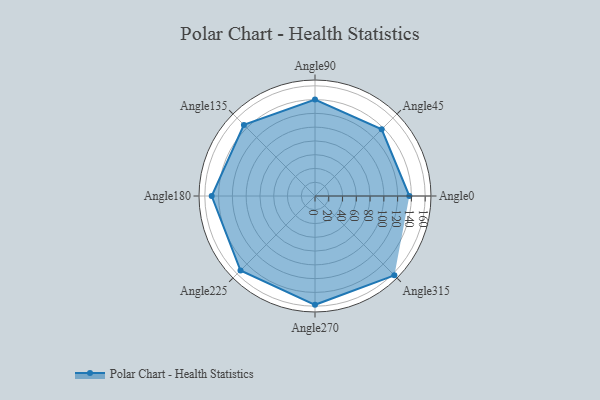
{"axis": {"x": "Angle", "y": "Radius"}, "legend": [""], "data": [{"x": "Angle0", "y": 137.0, "type": ""}, {"x": "Angle45", "y": 137.0, "type": ""}, {"x": "Angle90", "y": 140.0, "type": ""}, {"x": "Angle135", "y": 146.0, "type": ""}, {"x": "Angle180", "y": 150.0, "type": ""}, {"x": "Angle225", "y": 153.0, "type": ""}, {"x": "Angle270", "y": 158.0, "type": ""}, {"x": "Angle315", "y": 163.0, "type": ""}]}